Annual report on the Civil Veterinary Department, Burma (including the Insein Veterinary School) - 1923-1931
Year: 1923
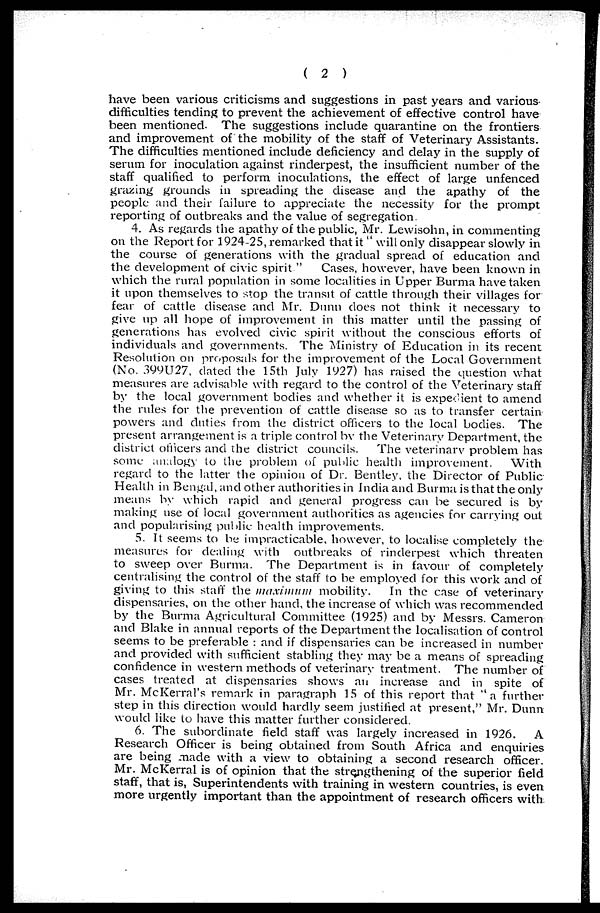
( 2 )
have been various criticisms and suggestions in past years and various
difficulties tending to prevent the achievement of effective control have
been mentioned. The suggestions include quarantine on the frontiers
and improvement of the mobility of the staff of Veterinary Assistants.
The difficulties mentioned include deficiency and delay in the supply of
serum for inoculation against rinderpest, the insufficient number of the
staff qualified to perform inoculations, the effect of large unfenced
grazing grounds in spreading the disease and the apathy of the
people and their failure to appreciate the necessity for the prompt
reporting of outbreaks and the value of segregation.
4. As regards the apathy of the public, Mr. Lewisohn, in commenting
on the Report for 1924-25, remarked that it " will only disappear slowly in
the course of generations with the gradual spread of education and
the development of civic spirit."
Cases, however, have been known in
which the rural population in some localities in Upper Burma have taken
it upon themselves to stop the transit of cattle through their villages for
fear of cattle disease and Mr. Dunn does not think it necessary to
give up all hope of improvement in this matter until the passing of
generations has evolved civic spirit without the conscious efforts of
individuals and governments. The Ministry of Education in its recent
Resolution on proposals for the improvement of the Local Government
(No. 399U27, dated the 15th July 1927) has raised the question what
measures are advisable with regard to the control of the Veterinary staff
by the local government bodies and whether it is expedient to amend
the rules for the prevention of cattle disease so as to transfer certain
powers and duties from the district officers to the local bodies. The
present arrangement is a triple control by the Veterinary Department, the
district officers and the district councils.
The veterinary problem has
some analogy to the problem of public health improvement.
With
regard to the latter the opinion of Dr. Bentley, the Director of Public
Health in Bengal, and other authorities in India and Burma is that the only
means by which rapid and general progress can be secured is by
making use of local government authorities as agencies for carrying out
and popularising public health improvements.
5. It seems to be impracticable, however, to localise completely the
measures for dealing with outbreaks of rinderpest which threaten
to sweep over Burma. The Department is in favour of completely
centralising the control of the staff to be employed for this work and of
giving to this staff the maximum mobility.
In the case of veterinary
dispensaries, on the other hand, the increase of which was recommended
by the Burma Agricultural Committee (1925) and by Messrs. Cameron
and Blake in annual reports of the Department the localisation of control
seems to be preferable : and if dispensaries can be increased in number
and provided with sufficient stabling they may be a means of spreading
confidence in western methods of veterinary treatment. The number of
cases treated at dispensaries shows an increase and in spite of
Mr. McKerral's remark in paragraph 15 of this report that "a further
step in this direction would hardly seem justified at present," Mr. Dunn
would like to have this matter further considered.
6. The subordinate field staff was largely increased in 1926.
A
Research Officer is being obtained from South Africa and enquiries
are being made with a view to obtaining a second research officer.
Mr. McKerral is of opinion that the strengthening of the superior field
staff, that is, Superintendents with training in western countries, is even
more urgently important than the appointment of research officers with